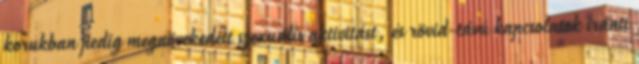
korukban pedig megnövekedett szexuális aktivitást, és rövid-távú kapcsolatok iránti